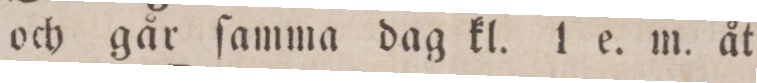
och går ſamma dag kl. 1 e. m. åt